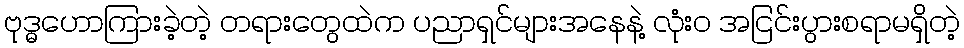
ဗုဒ္ဓဟောကြားခဲ့တဲ့ တရားတွေထဲက ပညာရှင်များအနေနဲ့ လုံးဝ အငြင်းပွားစရာမရှိတဲ့